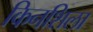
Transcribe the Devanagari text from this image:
किनशिला